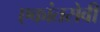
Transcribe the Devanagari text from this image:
एकांतसेवी